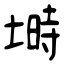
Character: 塒